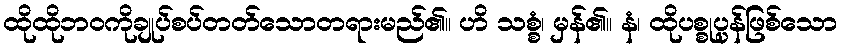
ထိုထိုဘဝကိုချုပ်စပ်တတ်သောတရားမည်၏။ ဟိ သစ္စံ၊ မှန်၏။ နံ၊ ထိုပစ္စုပ္ပန်ဖြစ်သော